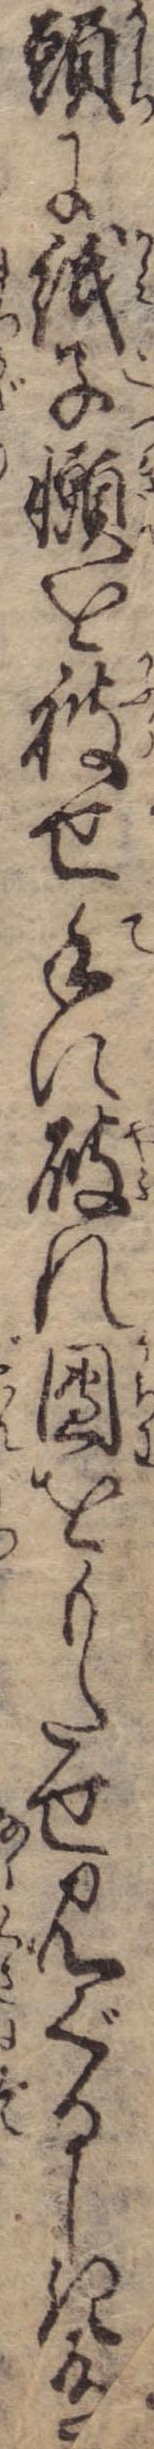
頭に紙子を被せ手に破れ団をもたせ見ぐるしき有